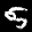
Label: 5